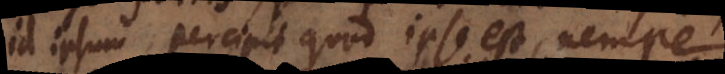
id ipsum percipit quod ipse est, nempe